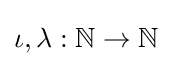
\iota ,\lambda :\mathbb {N} \to \mathbb {N}